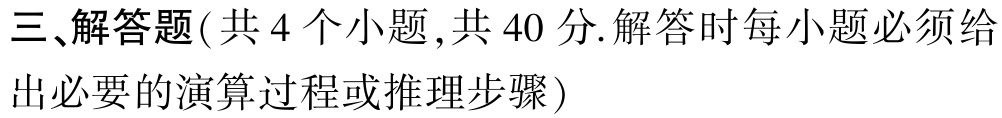
三、解答题(共 4 个小题 ,共 40 分.解答时每小题必须给出必要的演算过程或推理步骤)